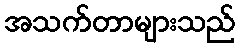
အသက်တာများသည်